Medical and sanitary report of the native army of Madras for the year
Year: 1872
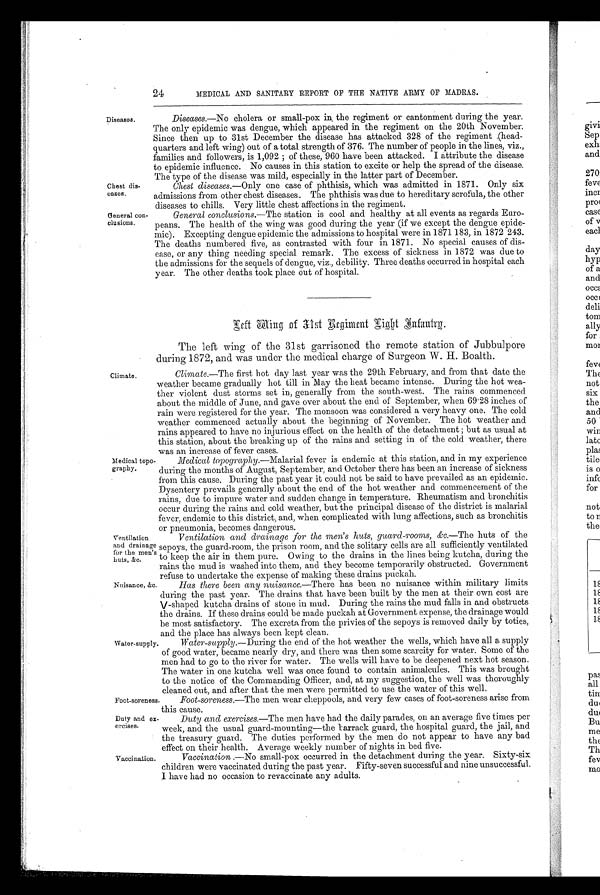
Chest dis-
cases.
General con-
c lusions.
24
MEDICAL AND SANITARY REPORT OF THE NATIVE ARMY OF MADRAS.
Diseases.
Diseases.—No cholera or small-pox in the regiment or cantonment during the year.
The only epidemic was dengue, which appeared in the regiment on the 20th November.
Since then up to 31st December the disease has attacked 328 of the regiment (head-
quarters and left wing) out of a total strength of 376. The number of people in the lines, viz.,
families and followers, is 1,092 ; of these, 960 have been attacked. I attribute the disease
to epidemic influence. No causes in this station to excite or help the spread of the disease.
The type of the disease was mild, especially in the latter part of December.
Chest diseases. —Only one case of phthisis, which was admitted in 1871. Only six
admissions from other chest diseases. The phthisis was due to hereditary scrofula, the other
diseases to chills. Very little chest affections in the regiment.
General conclusions. —The station is cool and healthy at all events as regards Euro-
peans. The health of the wing was good during the year (if we except the dengue epide-
mic). Excepting dengue epidemic the admissions to hospital were in 1871 183, in 1872 243.
The deaths numbered five, as contrasted with four in 1871. No special causes of dis-
ease, or any thing needing special remark. The excess of sickness in. 1872 was due to
the admissions for the sequels of dengue, viz., debility. Three deaths occurred in hospital each
year. The other deaths took place out of hospital.
Climate.
Left Wing 31st Regiment Light Infantrp.
The left wing of the 31st garrisoned the remote station of Jubbulpore
during 1872, and was under the medical charge of Surgeon W. H. Boalth.
Climate.—The first hot day last year was the 29th February, and from that date the
weather became gradually hot till in May the heat became intense. During the hot wea-
ther violent dust storms set in, generally from the south-west. The rains commenced
about the middle of June, and gave over about the end of September, when 69.28 inches of
rain were registered for the year. The monsoon was considered a very heavy one. The cold
weather commenced actually about the beginning of November. The hot weather and
rains appeared to have no injurious effect on the health of the detachment ; but as usual at
this station, about the breaking up of the rains and setting in of the cold weather, there
was an increase of fever cases.
Medical topo-
graphy.
Ventilation
and drainage
for the men's
huts, &c.
Medical topography.—Malarial fever is endemic at this station, and in my experience
during the months of August, September, and October there has been an increase of sickness
from this cause. During the past year it could not be said to have prevailed as an epidemic.
Dysentery prevails generally about the end of the hot weather and commencement of the
rains, due to impure water and sudden change in temperature. Rheumatism and bronchitis
occur during the rains and cold weather, but the principal disease of the district is malarial
fever, endemic to this district, and, when complicated with lung affections, such as bronchitis
or pneumonia, becomes dangerous.
Ventilation and drainage for the men's huts, guard-rooms, &c.—The huts of the
sepoys, the guard-room, the prison room, and the solitary cells are all sufficiently ventilated
to keep the air in them pure. Owing to the drains in the lines being kutcha, during the
rains the mud is washed into them, and they become temporarily obstructed. Government
refuse to undertake the expense of making these drains puckah.
Nuisance, &c.
Water-supply.
Has there been any nuisance .—There has been no nuisance within military limits
during the past year. The drains that have been built by the men at their own cost are
V-shaped kutcha drains of stone in mud. During the rains the mud falls in and obstructs
the drains. If these drains could be made puckah at Government expense, the drainage would
be most satisfactory. The excreta from the privies of the sepoys is removed daily by toties,
and the place has always been kept clean.
Water-supply .—During the end of the hot weather the wells, which have all a supply
of good water, became nearly dry, and there was then some scarcity for water. Some of the
men had to go to the river for water. The wells will have to be deepened next hot season.
The water in one kutcha well was once found to contain animalcules. This was brought
to the notice of the Commanding Officer, and, at my suggestion, the well was thoroughly
cleaned out, and after that the men were permitted to use the water of this well.
Foot-soreness
Duty and ex-
ercises.
Foot-soreness.—The men wear cheppools, and very few cases of foot-soreness arise from
this cause.
Duty and exercises. —The men have had the daily parades, on an average five times per
week, and the usual guard-mounting—the barrack guard, the hospital guard, the jail, and
the treasury guard. The duties performed by the men do not appear to have any bad
effect on their health. Average weekly number of nights in bed five.
Vaccination.
Vaccination .—No small-pox occurred in the detachment during the year. Sixty-six
children were vaccinated during the past year. Fifty-seven successful and nine unsuccessful.
I have had no occasion to revaccinate any adults.